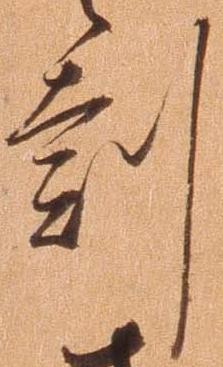
刻